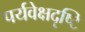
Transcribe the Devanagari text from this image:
पर्यवेक्षदृष्टि